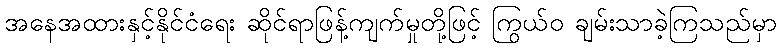
အနေအထားနှင့်နိုင်ငံရေး ဆိုင်ရာဖြန့်ကျက်မှုတို့ဖြင့် ကြွယ်ဝ ချမ်းသာခဲ့ကြသည်မှာ